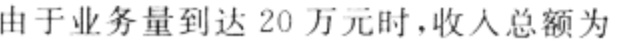
由于业务量到达 20 万元时,收入总额为